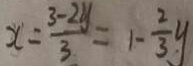
x = \frac { 3 - 2 y } { 3 } = 1 - \frac { 2 } { 3 } y